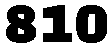
810